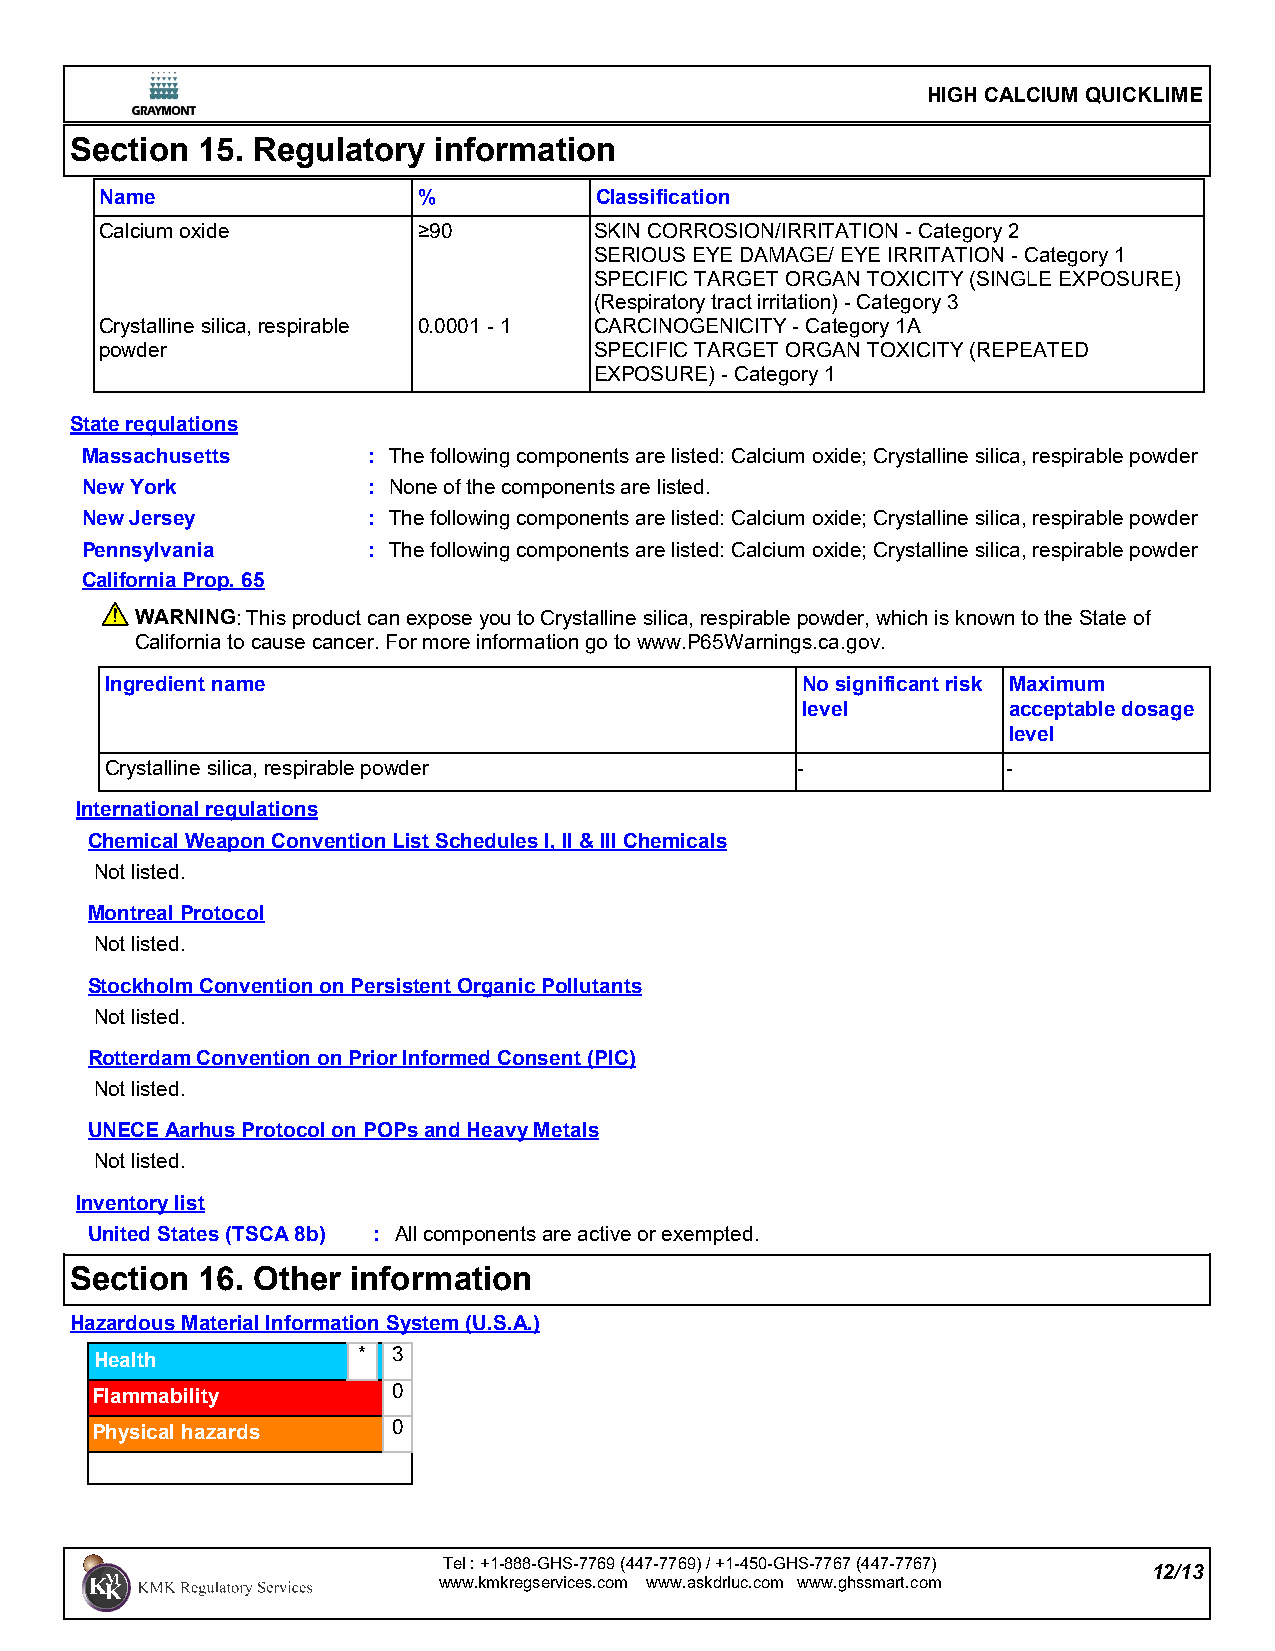
HIGH CALCIUM QUICKLIME
 Section 15. Regulatory  information
 Name                 %          Classification
 Calcium oxide        ≥90        SKIN CORROSION/IRRITATION - Category 2
 SERIOUS EYE DAMAGE/ EYE IRRITATION - Category 1
 SPECIFIC TARGET ORGAN TOXICITY (SINGLE EXPOSURE)
 (Respiratory tract irritation) - Category 3
 Crystalline silica, respirable 0.0001 - 1 CARCINOGENICITY - Category 1A
 powder                          SPECIFIC TARGET ORGAN TOXICITY (REPEATED
 EXPOSURE) - Category 1
 State regulations
 Massachusetts      : The following components are listed: Calcium oxide; Crystalline silica, respirable powder
 New York           : None of the components are listed.
 New Jersey         : The following components are listed: Calcium oxide; Crystalline silica, respirable powder
 Pennsylvania       : The following components are listed: Calcium oxide; Crystalline silica, respirable powder
 California Prop. 65
 WARNING: This product can expose you to Crystalline silica, respirable powder, which is known to the State of
 California to cause cancer. For more information go to www.P65Warnings.ca.gov.
 Ingredient name                               No significant risk Maximum
 level         acceptable dosage
 level
 Crystalline silica, respirable powder         -             -
 International regulations
 Chemical Weapon Convention List Schedules I, II & III Chemicals
 Not listed.
 Montreal Protocol
 Not listed.
 Stockholm Convention on Persistent Organic Pollutants
 Not listed.
 Rotterdam Convention on Prior Informed Consent (PIC)
 Not listed.
 UNECE Aarhus Protocol on POPs and Heavy Metals
 Not listed.
 Inventory list
 United States (TSCA 8b) : All components are active or exempted.
 Section 16. Other information
 Hazardous Material Information System (U.S.A.)
 Health            * 3
 Flammability        0
 Physical hazards    0
 Tel : +1-888-GHS-7769 (447-7769) / +1-450-GHS-7767 (447-7767)
 12/13
 www.kmkregservices.com www.askdrluc.com www.ghssmart.com